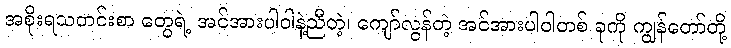
အစိုးရသတင်းစာ တွေရဲ့ အင်အားပါဝါနဲ့ညီတဲ့၊ ကျော်လွန်တဲ့ အင်အားပါဝါတစ် ခုကို ကျွန်တော်တို့